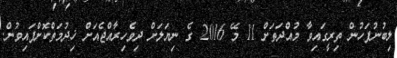
ލިބުނުފަހުން ތިރީގައިވާ މުއްދަތަށް 11 މޭ 2016 ގެ ނިޔަލަށް ދިވެހިރާއްޖެއަށް ޚިދުމަތްކޮށްފައިވުން.